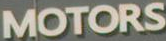
MOTORS